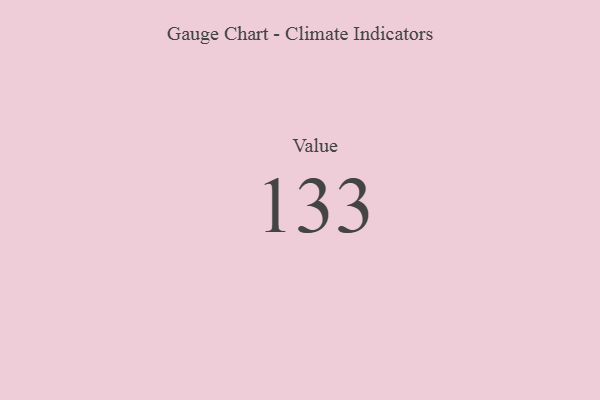
{"axis": {"x": "Metric", "y": "Value"}, "legend": [""], "data": [{"x": "Value", "y": 133, "type": ""}]}